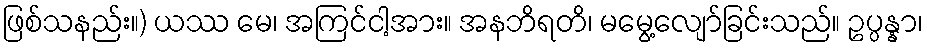
ဖြစ်သနည်း။) ယဿ မေ၊ အကြင်ငါ့အား။ အနဘိရတိ၊ မမွေ့လျော်ခြင်းသည်။ ဥပ္ပန္နာ၊